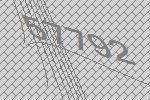
57792